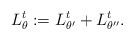
LaTeX: \begin{align*} L^t_\theta :=L^t_{\theta'} + L^t_{\theta''}. \end{align*}